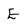
Character: E